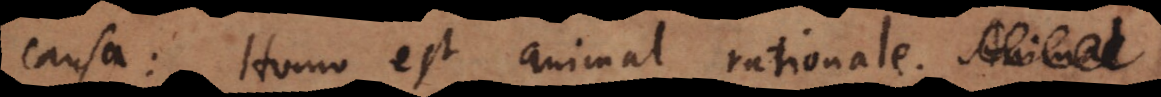
causa: Homo est animal rationale. Animal